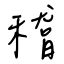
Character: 稽